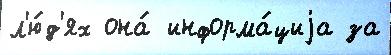
л'ю́д'ях она́ информа́циjа за